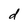
Character: d